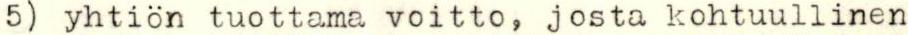
5) yhtiön tuottama voitto, josta kohtuullinen